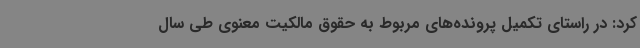
کرد: در راستای تکمیل پرونده‌های مربوط به حقوق مالکیت معنوی طی سال